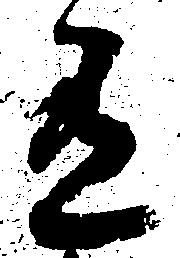
有